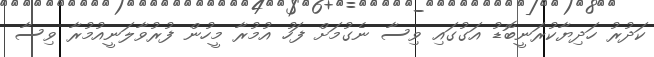
ކަދުރު ހަދިޔާކުރަނީބޮޑު އަގުގައި ވިސާ ނެގުމަށް ފަހު އުމުރާ މީހުން ފުރުވާލަނީއުމުރާ ވިސާ